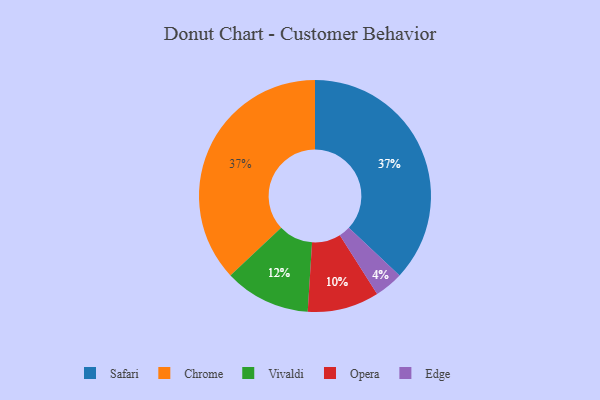
{"axis": {"x": "Category", "y": "Percentage"}, "legend": ["Chrome", "Edge", "Opera", "Safari", "Vivaldi"], "data": [{"x": "Opera", "y": 10, "type": "Opera"}, {"x": "Safari", "y": 37, "type": "Safari"}, {"x": "Edge", "y": 4, "type": "Edge"}, {"x": "Chrome", "y": 37, "type": "Chrome"}, {"x": "Vivaldi", "y": 12, "type": "Vivaldi"}]}